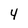
Character: 4